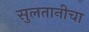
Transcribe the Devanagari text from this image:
सुलतानीचा